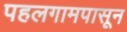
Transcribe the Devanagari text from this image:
पहलगामपासून